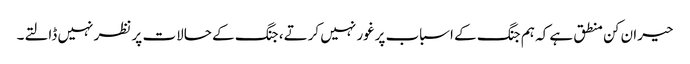
حیران کن منطق ہے کہ ہم جنگ کے اسباب پرغور نہیں کرتے، جنگ کے حالات پر نظر نہیں ڈالتے۔